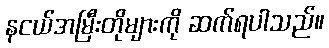
နငယ်အမြီးတိုများကို ဆက်ရပါသည်။